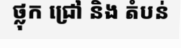
ថ្លុក ជ្រៅ និង តំបន់